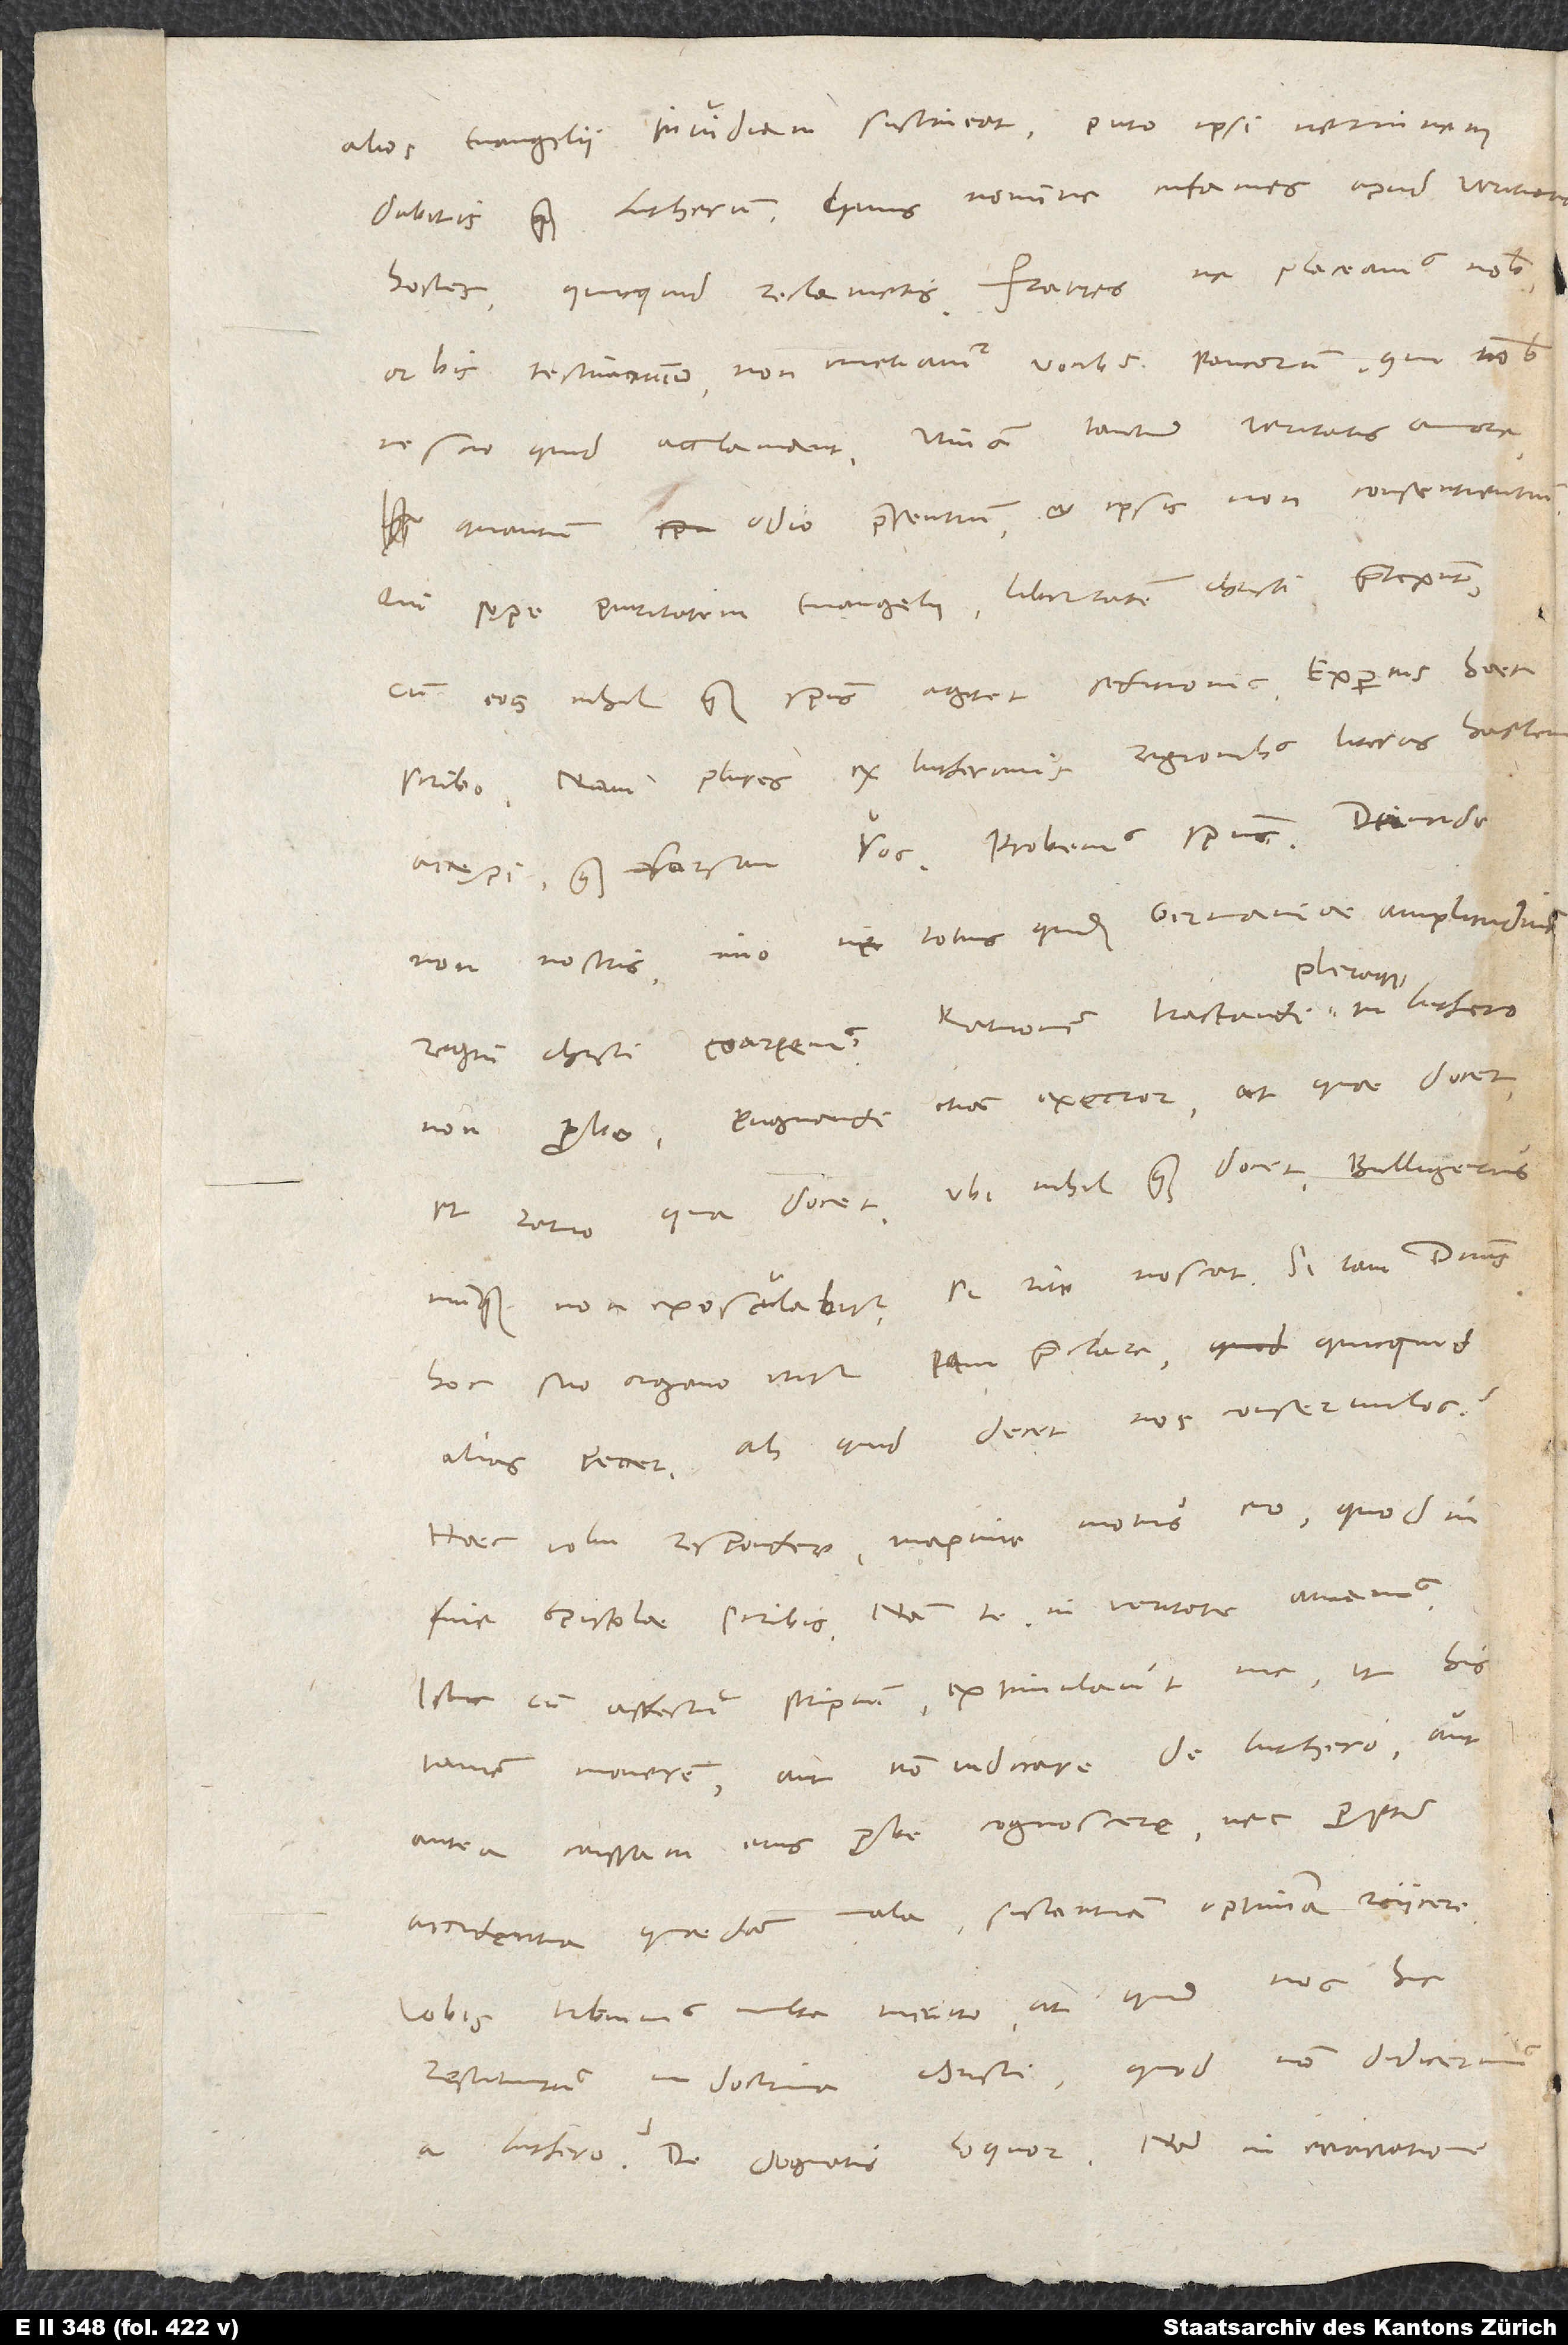
alios evangelii invidiam sustineat, puto, ipsi neminem
dabitis quam Lutherum huius nomine infames apud veritatis
hostes, quicquid reclametis. Fratres, ne placeamus nobis,
orbis testimonium non metiamur vocibus paucorum, qui nobis
nescio quid acclamant utinam tantum veritatis amore
quantum odio praesentium et ipsis non consentientium,
qui sępe puritatem evangelii, libertatem Christi praetexunt,
cum eos nihil quam spiritus agitet seditionis. Expertus haec
scribo. Nam plures ex Lutheranis regionibus literas hactenus
accepi quam forsan vos. Probemus spiritus. Deinde